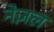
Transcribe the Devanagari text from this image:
नेज़ल